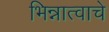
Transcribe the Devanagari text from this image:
भिन्नात्वाचे